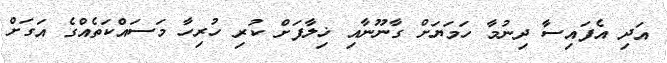
އަދި އެފައިސާ ދިނުމާ ހަމަޔަށް ގާނޫނާއި ޚިލާފަށް ކުރި ހުރިހާ މަސައްކަތެއްގެ އަގަށް